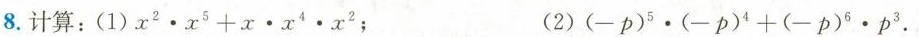
8.计算：(1)$$x ^ { 2 } \cdot x ^ { 5 } + x \cdot x ^ { 4 } \cdot x ^ { 2 }$$； (2) $$( - p ) ^ { 5 } \cdot ( - p ) ^ { 4 } + ( -p ) ^ { 6 } \cdot p ^ { 3 }$$.